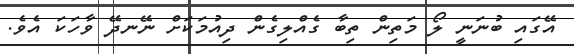
އޭގައި ބުނަނީ ލޯ މަތިން ތިބާ ގެއްލިގެން ދިއުމަކަށް ނޭނދޭ ވާހަކަ އެވެ.